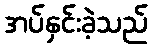
အပ်နှင်းခဲ့သည်